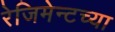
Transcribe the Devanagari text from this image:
रेजिमेन्टच्या